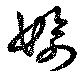
婾